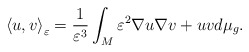
\begin{align*}\left\langle u,v\right\rangle _{\varepsilon}=\frac{1}{\varepsilon^{3}}\int_{M}\varepsilon^{2}\nabla u\nabla v+uvd\mu_{g}.\end{align*}